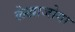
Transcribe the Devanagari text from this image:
लेखाजोगा